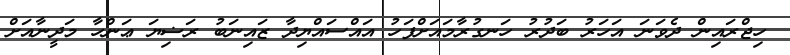
ހިޖްރައިން ދެވަނަ އަހަރު ބަދުރު ހަނގުރާމައަށްފަހު އައްސައްޔިދާ ޒައިނަބު ރަޟިޔަ ޢަންހާ މަދީނާއަށް